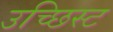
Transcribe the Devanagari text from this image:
उच्छिस्ट